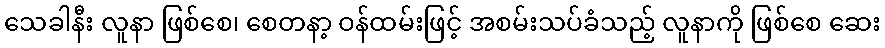
သေခါနီး လူနာ ဖြစ်စေ၊ စေတနာ့ ဝန်ထမ်းဖြင့် အစမ်းသပ်ခံသည့် လူနာကို ဖြစ်စေ ဆေး